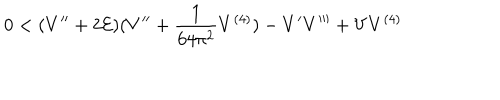
0 < ( V ^ { \prime \prime } + 2 { \cal E } ) ( V ^ { \prime \prime } + \frac { 1 } { 6 4 \pi ^ { 2 } } V ^ { ( 4 ) } ) - V ^ { \prime } V ^ { \prime \prime \prime } + V V ^ { ( 4 ) }